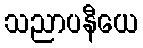
သညာပနီယေ